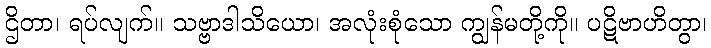
ဌိတာ၊ ရပ်လျက်။ သဗ္ဗာဒါသိယော၊ အလုံးစုံသော ကျွန်မတို့ကို။ ပဋိဗာဟိတွာ၊